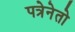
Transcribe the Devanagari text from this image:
पत्रेनेतो